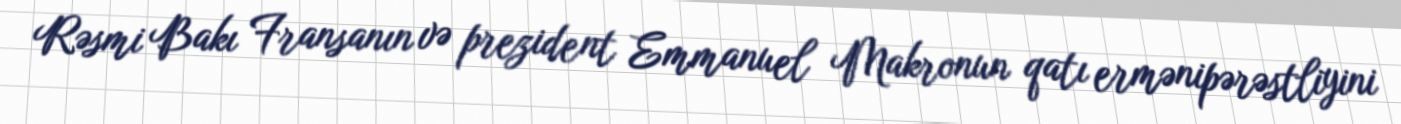
Rəsmi Bakı Fransanın və prezident Emmanuel Makronun qatı ermənipərəstliyini